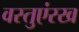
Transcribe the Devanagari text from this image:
वस्तुएंरख